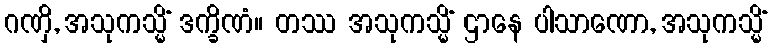
ဂဏှိ, အသုကသ္မိံ ဒက္ခိဏံ။ တဿ အသုကသ္မိံ ဌာနေ ပါသာဏော, အသုကသ္မိံ